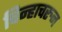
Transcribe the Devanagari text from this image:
चिन्हाचरुन